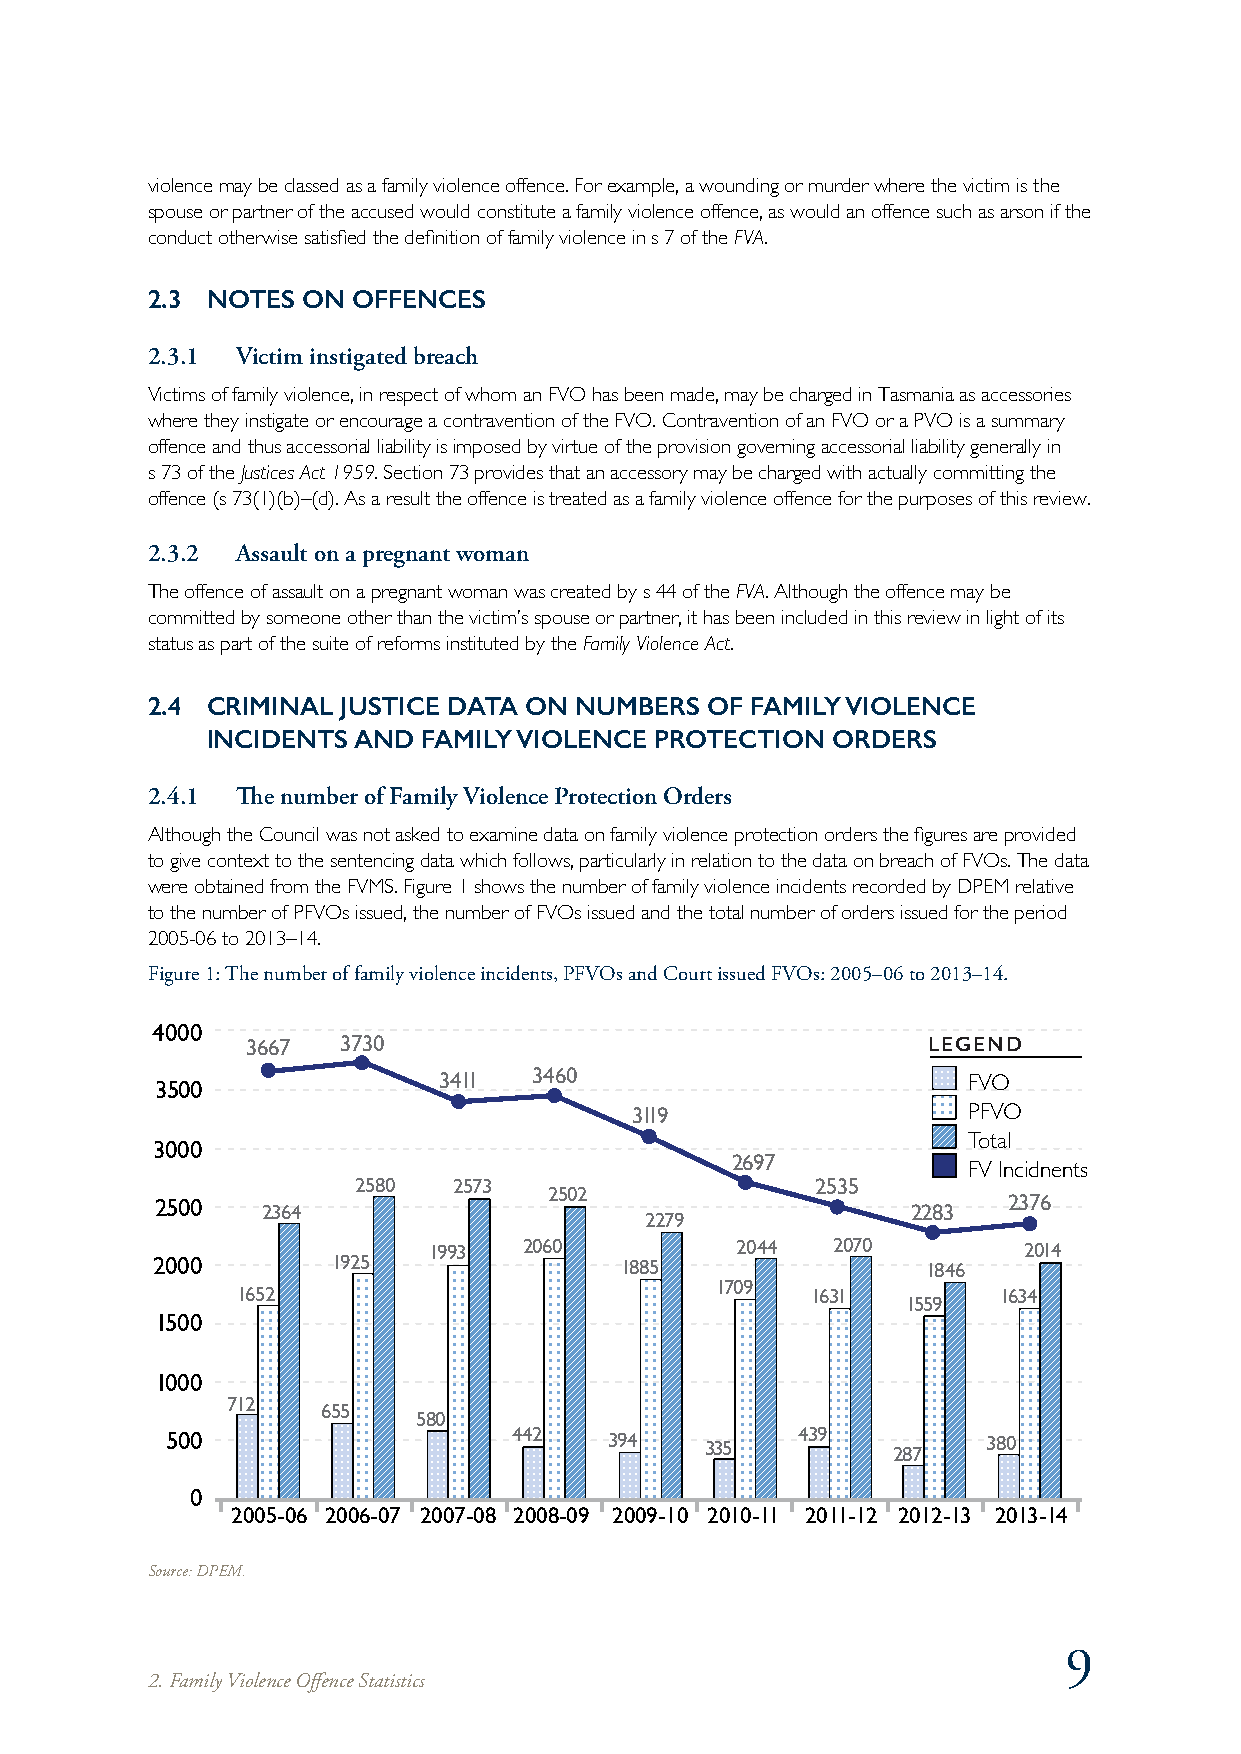
violence may be classed as a family violence offence. For example, a wounding or murder where the victim is the
 spouse or partner of the accused would constitute a family violence offence, as would an offence such as arson if the
 conduct otherwise satisfied the definition of family violence in s 7 of the FVA.
 2.3 NOTES ON OFFENCES
 2.3.1 Victim instigated breach
 Victims of family violence, in respect of whom an FVO has been made, may be charged in Tasmania as accessories
 where they instigate or encourage a contravention of the FVO. Contravention of an FVO or a PVO is a summary
 offence and thus accessorial liability is imposed by virtue of the provision governing accessorial liability generally in
 s 73 of the Justices Act 1959. Section 73 provides that an accessory may be charged with actually committing the
 offence (s 73(1)(b)–(d). As a result the offence is treated as a family violence offence for the purposes of this review.
 2.3.2 Assault on a pregnant woman
 The offence of assault on a pregnant woman was created by s 44 of the FVA. Although the offence may be
 committed by someone other than the victim’s spouse or partner, it has been included in this review in light of its
 status as part of the suite of reforms instituted by the Family Violence Act.
 2.4 CRIMINAL JUSTICE DATA ON NUMBERS OF FAMILY VIOLENCE
 INCIDENTS AND FAMILY VIOLENCE PROTECTION ORDERS
 2.4.1 The number of Family Violence Protection Orders
 Although the Council was not asked to examine data on family violence protection orders the figures are provided
 to give context to the sentencing data which follows, particularly in relation to the data on breach of FVOs. The data
 were obtained from the FVMS. Figure 1 shows the number of family violence incidents recorded by DPEM relative
 to the number of PFVOs issued, the number of FVOs issued and the total number of orders issued for the period
 2005-06 to 2013–14.
 Figure 1: The number of family violence incidents, PFVOs and Court issued FVOs: 2005–06 to 2013–14.
 4000
 3667  3730                                   LEGEND
 3500               3411  3460                         FVO
 3119                  PFVO
 3000                                                  Total
 2697
 FV Incidnents
 2580   2573                    2535
 2502
 2500   2364                                       2283   2376
 2279
 1993   2060          2044  2070         2014
 2000        1925               1885                1846
 1709
 1652                                  1631        1634
 1559
 1500
 1000
 712
 655
 580
 500                    442   394    335   439   287   380
 0
 2005-06 2006-07 2007-08 2008-09 2009-10 2010-11 2011-12 2012-13 2013-14
 Source: DPEM.
 9
 2. Family Violence Offence Statistics